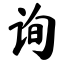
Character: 询